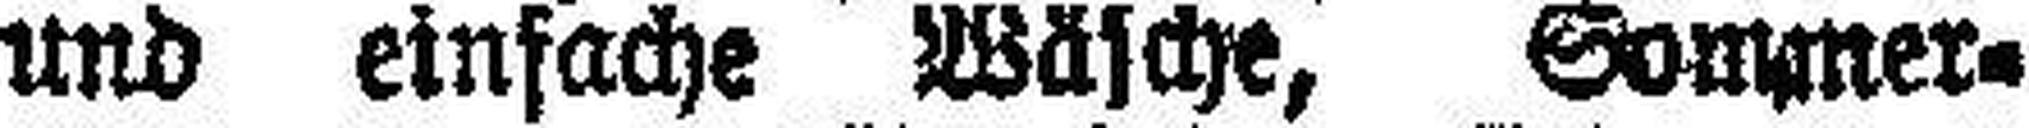
und einfache Wäsche, Sommer¬